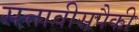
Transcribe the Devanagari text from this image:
सत्तावीसपैकी